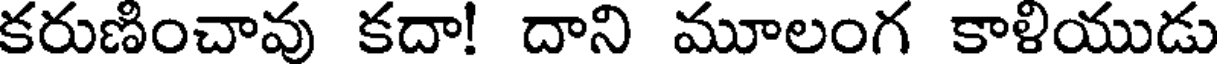
కరుణంచావు కదా! దాని మూలంగ కాళియుడు